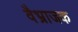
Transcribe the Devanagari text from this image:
वैभ्राजक